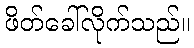
ဖိတ်ခေါ်လိုက်သည်။